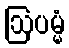
ဩပမ္မံ